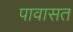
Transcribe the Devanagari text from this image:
पावासत